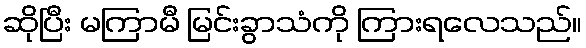
ဆိုပြီး မကြာမီ မြင်းခွာသံကို ကြားရလေသည်။